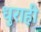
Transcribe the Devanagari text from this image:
धुराही